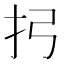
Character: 㧈